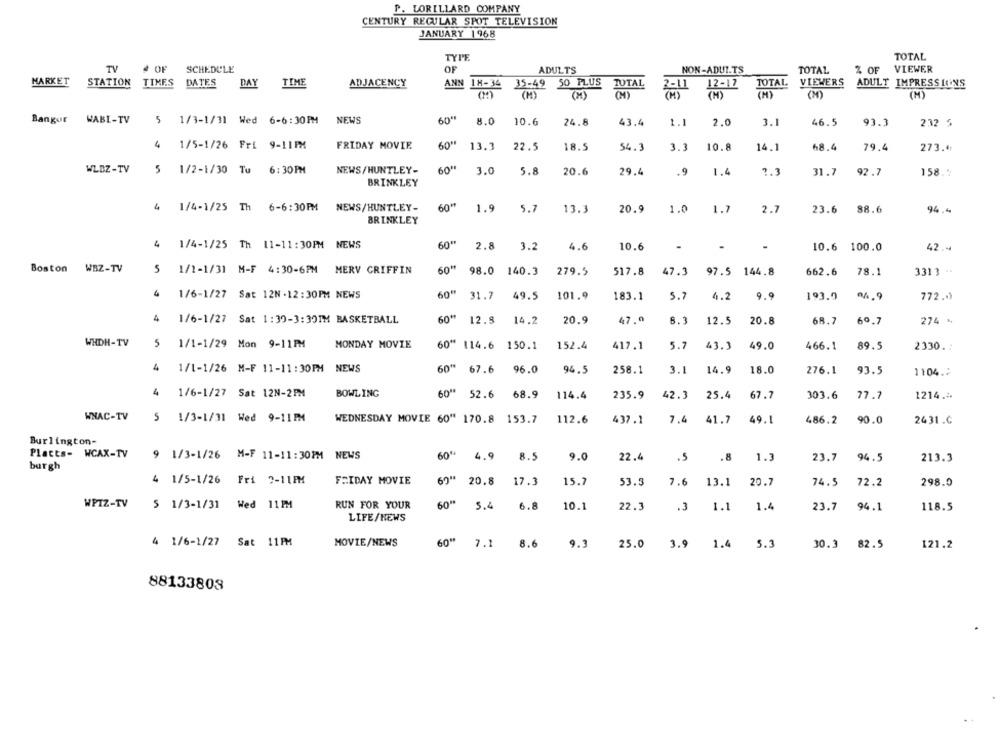
P. LORILLARD COMPANY
CENTURY REGULAR SPOT TELEVISION
JANUARY 1968
TYPF.
TOTAL
TV
SCHEDULE
ADULTS
NON-ADULTS
TOTAL
VIEWER
₫ OF
OF
Z OF
MARKET
STATION
TIMES
DATES
DAY
TIME
ADJACENCY
ANN 18-34 35-49 50 PLUS
TUTAL
TOTAL
VIEWERS
ADULT IMPRESSIONS
2-11
12-17
(M)
(M)
(M)
(M)
(M)
Bangur
WABI-TV
5 1/3-1/31 Wed 6-6:30PM
NEWS
60"
24.8
2.0
46.5
232 5
8.0
10.6
43.4
3.1
93.3
60"
4 1/5-1/26 Fri 9-11PX
FRIDAY MOVIE
13.3
22.5
18.5
54.3
3.3
10.8
14.1
68.4
79.4
273.4
WLDZ-TV
5 1/2-1/30 Tu 6:30PM
NEWS/HUNTLEY-
3.0
5.8
20.6
29.4
.9
1.4
2.3
31.7
92.7
158 .*
BRINKLEY
4 1/4-1/25 Th 6-6:30PM
NEWS/HUNTLEY-
60"
1.9
5.7
13.3
20.9
1.0
1.7
2.7
23.6
88.6
94.4
BRINKLEY
4 1/4-1/25 Th 11-11:30PM NEWS
60"
2.8
3.2
4.6
10.6
-
-
10.6 100.0
42.4
Boston
WBZ-TV
5 1/1-1/31 M-F 4:30-6PM
MERV GRIFFIN
60"
98.0 140.3
279.5
517.8 47.3 97.5 144.8
662.6
78.1
3313 "
4
1/6-1/27 Sat 12N .12: 30PM NEWS
60" 31.7 49.5
101.9
183.1
5.7
4.2
9.9
193.9
772 ..
60#
47.0
4 1/6-1/27 Sat 1:39-3:30IM BASKETBALL
12.8 14.2
20.9
8.3
12.5
20.8
68.7
60.7
274 %
WHDH-TV
5 1/1-1/29 Mon 9-11PM
MONDAY MOVIE
60" 114.6 150.1
152.4
417.1
5.7
43.3
49.0
466.1
89.5
2330. :
4 1/1-1/26 M-F 11-11:30PM NEWS
60"
67.6 96.0
94.5
258.1
3.1
14.9
18.0
276.1
93.5
1104 .:
4
1/6-1/27 Sat 12N-2PM
BOWLING
60" 52.6 68.9
114.4
235.9
42.3
25.4
67.7
303.6
77.7
1214.ª
WNAC-TV
5
1/3-1/31 Wed 9-11 PM
WEDNESDAY MOVIE 60" 170.8 153.7
112.6
437.1
7.4
41.7
49.1
486.2
90.0
2431.C
Burlington-
Platts- WCAX-TV
9 1/3-1/26 M-F 11-11:30PM NEWS
4.9
8.5
9.0
22.4
.5
.8
1.3
23.7
94.5
213.3
burgh
4 1/5-1/26 Fri 7-11PM
FRIDAY MOVIE
20.8
17.3
15.7
53.3
7.6
13.1
20.7
74.5
72.2
298.0
WPIZ-TV
$ 1/3-1/31 Wed 11PM
RUN FOR YOUR
60
5.4
6.8
10.1
22.3
.3
1.1
1.4
23.7
94.1
118.5
LIFE/NEWS
4 1/6-1/27 Sat 11PM
MOVIE/NEWS
60"
7.1
8.6
9.3
25.0 3.9 1.4 5.3
30.3 82.5
121.2
88133803